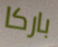
باركا